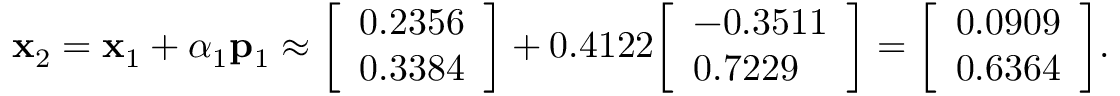
\mathbf { x } _ { 2 } = \mathbf { x } _ { 1 } + \alpha _ { 1 } \mathbf { p } _ { 1 } \approx { \left[ \begin{array} { l } { 0 . 2 3 5 6 } \\ { 0 . 3 3 8 4 } \end{array} \right] } + 0 . 4 1 2 2 { \left[ \begin{array} { l } { - 0 . 3 5 1 1 } \\ { 0 . 7 2 2 9 } \end{array} \right] } = { \left[ \begin{array} { l } { 0 . 0 9 0 9 } \\ { 0 . 6 3 6 4 } \end{array} \right] } .